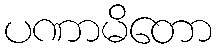
ပဏာမိတော